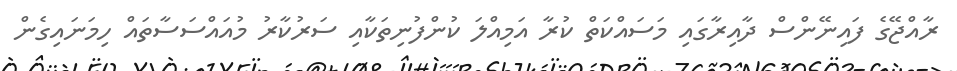
ރާއްޖޭގެ ފައިނޭންސް ދާއިރާގައި މަސައްކަތް ކުރާ އަމިއްލަ ކުންފުނިތަކާއި ސަރުކާރު މުއައްސަސާތައް ހިމަނައިގެން